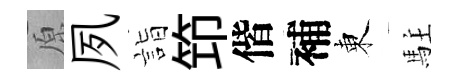
原夙詣笻偕補東駐